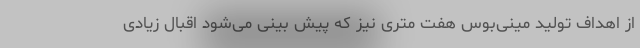
از اهداف تولید مینی‌بوس هفت متری نیز که پیش بینی می‌شود اقبال زیادی